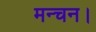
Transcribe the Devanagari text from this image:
मन्चन।